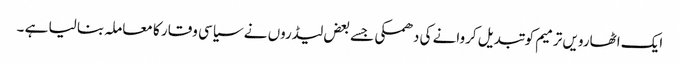
ایک اٹھارویں ترمیم کو تبدیل کروانے کی دھمکی جسے بعض لیڈروں نے سیاسی وقار کا معاملہ بنا لیا ہے ۔